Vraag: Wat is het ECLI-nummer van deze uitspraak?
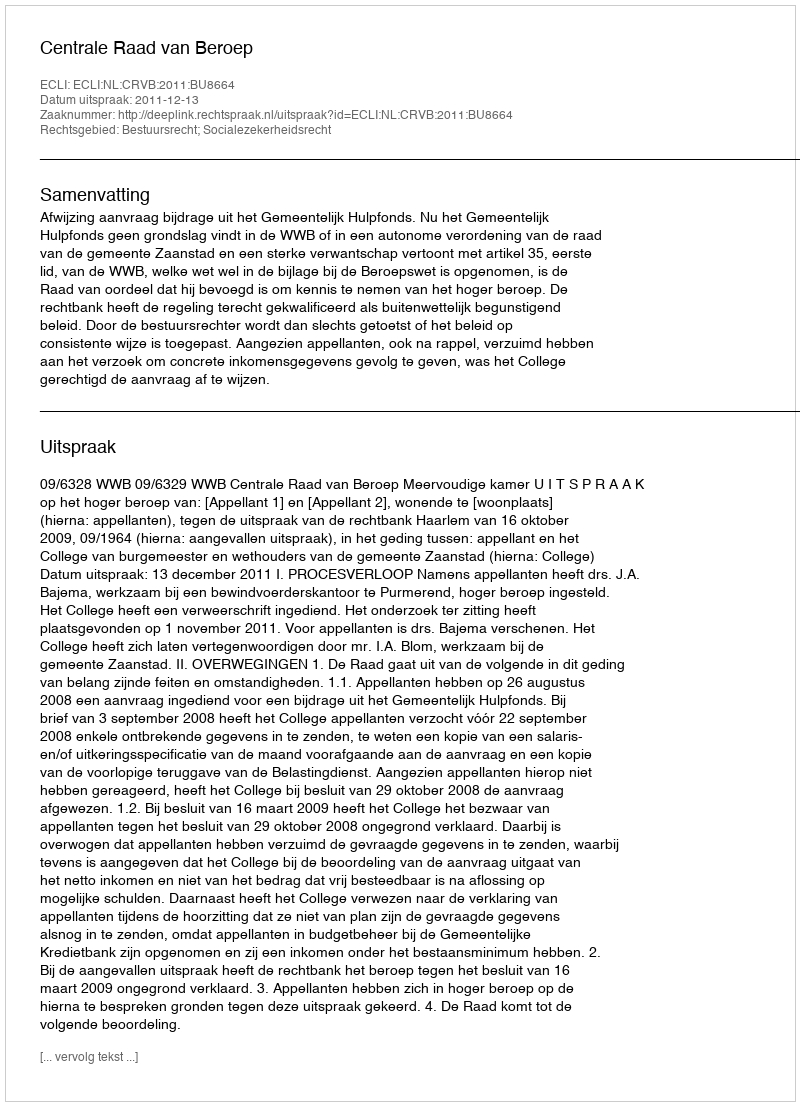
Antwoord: ECLI:NL:CRVB:2011:BU8664